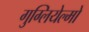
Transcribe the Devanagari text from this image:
गुग्लियेल्मो